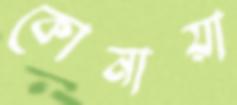
কোনায়া